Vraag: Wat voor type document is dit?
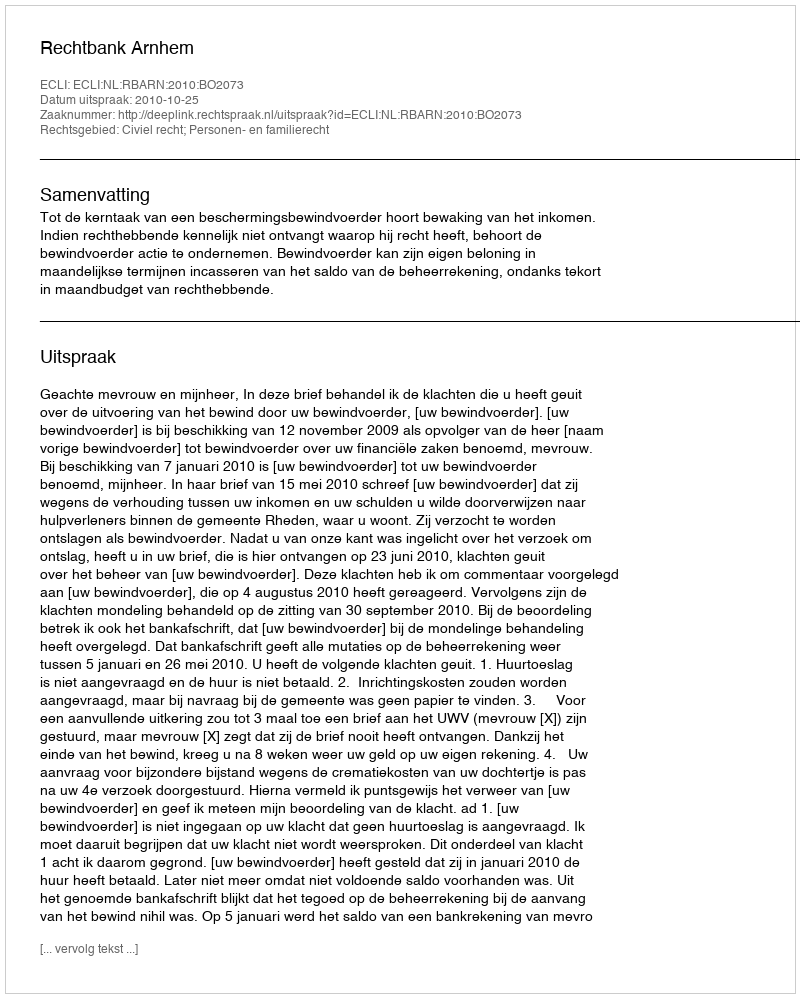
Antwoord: Uitspraak